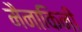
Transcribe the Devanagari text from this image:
मैनाकिनी